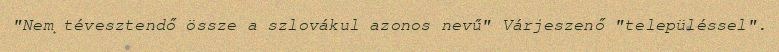
"Nem tévesztendő össze a szlovákul azonos nevű" Várjeszenő "településsel".